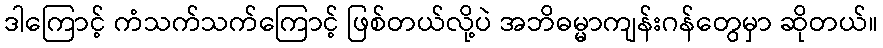
ဒါကြောင့် ကံသက်သက်ကြောင့် ဖြစ်တယ်လို့ပဲ အဘိဓမ္မာကျန်းဂန်တွေမှာ ဆိုတယ်။